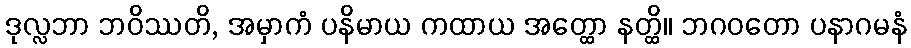
ဒုလ္လဘာ ဘဝိဿတိ, အမှာကံ ပနိမာယ ကထာယ အတ္ထော နတ္ထိ။ ဘဂဝတော ပနာဂမနံ